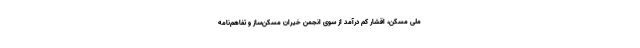
ملی مسکن، اقشار کم درآمد از سوی انجمن خیران مسکن‌ساز و تفاهم‌نامه